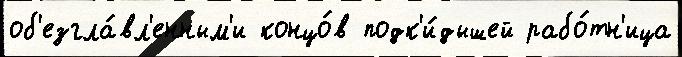
об'езгла́вл'енным'и концо́в подк'и́дышей рабо́тн'ица